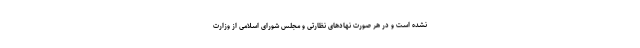
نشده است و در هر صورت نهادهای نظارتی و مجلس شورای اسلامی از وزارت